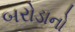
બરોડાનો